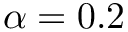
\alpha = 0 . 2